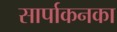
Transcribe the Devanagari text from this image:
सार्पाकनका